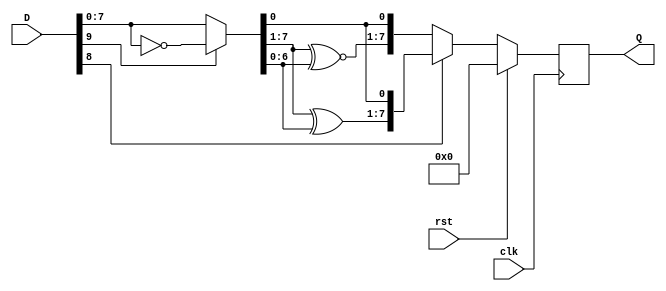
`default_nettype none
`timescale 1ps/1ps

//Transition-minimized and DC-balanced 8bit to 10bit video data decoder
module DECODER (
  input   wire          clk,
  input   wire          rst,
  input   wire[10-1:0]  D,
  output  reg [ 8-1:0]  Q
);

wire[8-1:0] d_m = D[9] ? ~D[7:0] : D[7:0];

always @(posedge clk) begin
  if(rst) begin
    Q <= 0;
  end else begin
    Q <= D[8] ?
      {{d_m[7:1]  ^ d_m[6:0]}, d_m[0]} :
      {{d_m[7:1] ~^ d_m[6:0]}, d_m[0]};
  end
end

endmodule